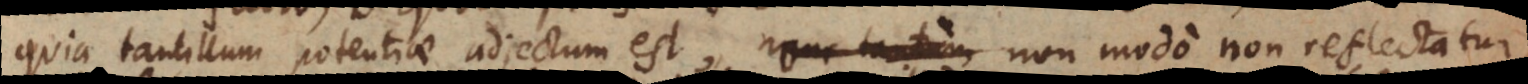
quia tantillum potentiae adjectum est, non modo non παρα λογον reflectatur,